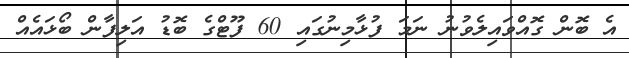
އެ ބޮން ގޮއްވައިލެވުނު ނަމަ ފުޅާމިނުގައި 60 ފޫޓްގެ ބޮޑު އަލިފާން ބޯޅައެއް